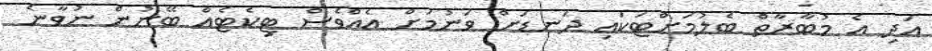
އަދި އެ މުބާރާތް ބެލުމަށްޓަކައި ދަނޑަށް ވަނުމަށް އެއްވެސް ޓިކެޓެއް ބޭނުން ނުވާނެ